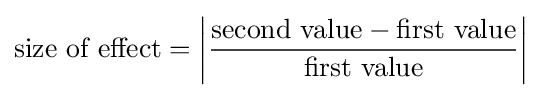
{\text{size of effect}}=\left|{\frac {{\text{second value}}-{\text{first value}}}{\text{first value}}}\right|